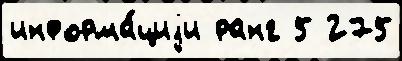
информа́циjи ранг 5 275